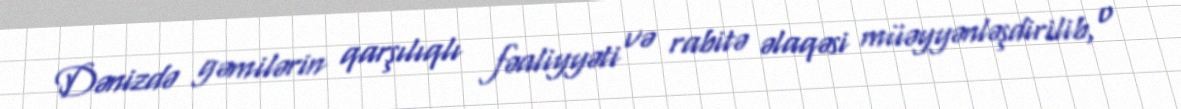
Dənizdə gəmilərin qarşılıqlı fəaliyyəti və rabitə əlaqəsi müəyyənləşdirilib, o